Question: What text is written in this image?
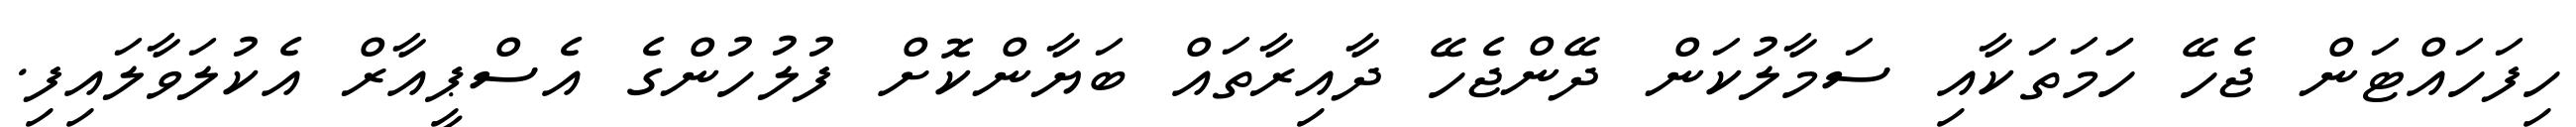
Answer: ހިފަހައްޓަން ޖެހޭ ހަަމަތަކާއި ސަމާލުކަން ދޭންޖެހޭ ދާއިރާތައް ބަޔާންކޮށް ފުލުހުންގެ އެސްޕީއާރް އެކުލަވާލައިފި.